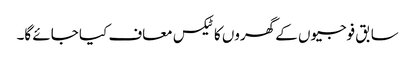
سابق فوجیوں کے گھروں کا ٹیکس معاف کیا جائے گا۔